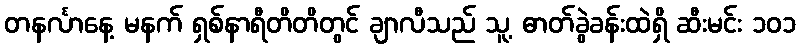
တနင်္လာနေ့ မနက် ရှစ်နာရီတိတိတွင် ချာလီသည် သူ့ ဓာတ်ခွဲခန်းထဲရှိ ဆီးမင်း ၁၀၁